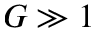
G \gg 1